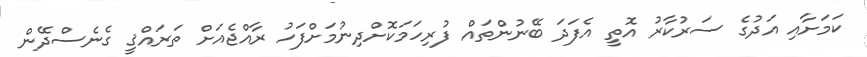
ކަމަށާއި އަދުގެ ސަރުކާރު އޮތީ އެފަދަ ބޭނުންތައް ފުރިހަމަކޮށްދިނުމަށްފަހު ރާއްޖެއަށް ތަރައްޤީ ގެނެސްދޭން